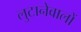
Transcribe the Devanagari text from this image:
लुटानेवालों